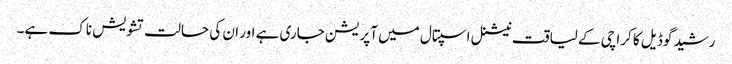
رشید گوڈیل کا کراچی کے لیاقت نیشنل اسپتال میں آپریشن جاری ہے اور ان کی حالت تشویش ناک ہے۔